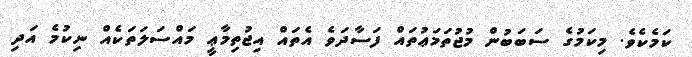
ކަމެކެވެ. މިކަމުގެ ސަބަބުން މުޖުތަމަޢުތައް ފަސާދަވެ އެތައް އިޖުތިމާޢީ މައްސަލަތަކެއް ނިކުމެ އަދި